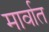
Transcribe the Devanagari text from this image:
मार्वात